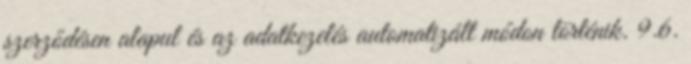
szerződésen alapul és az adatkezelés automatizált módon történik. 9.6.